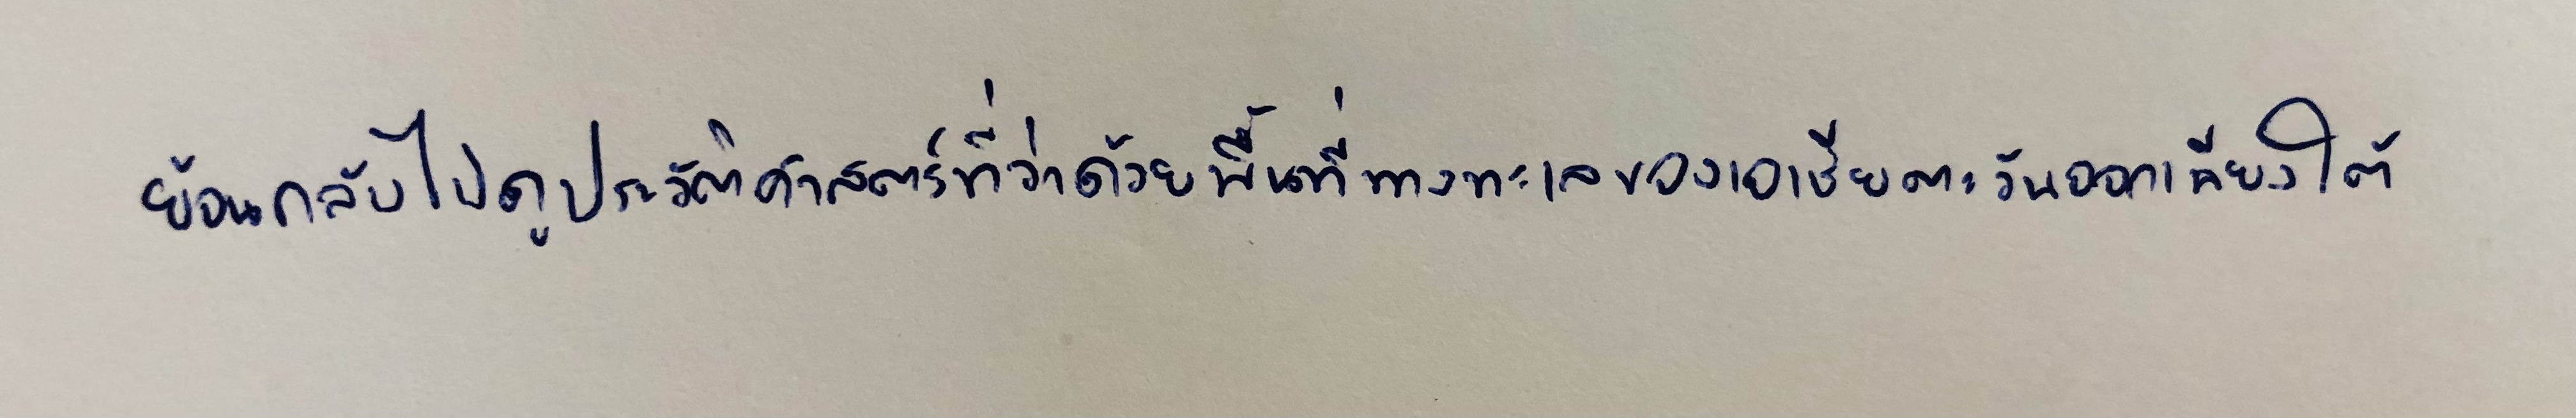
ย้อนกลับไปดูประวัติศาสตร์ที่ว่าด้วยพื้นที่ทางทะเลของเอเชียตะวันออกเฉียงใต้